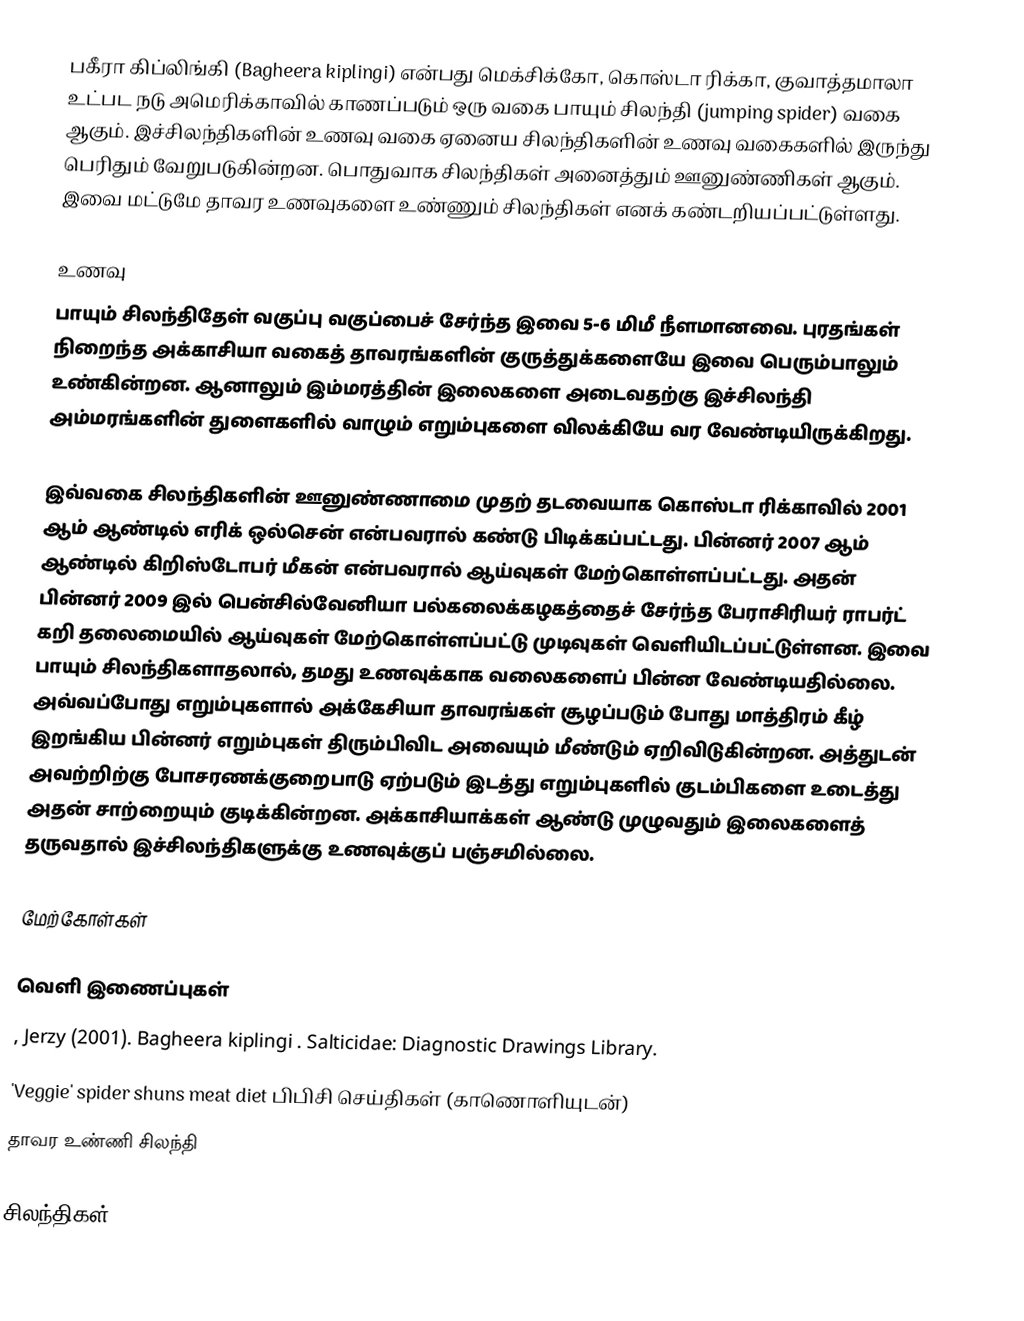
பகீரா கிப்லிங்கி (Bagheera kiplingi) என்பது மெக்சிக்கோ, கொஸ்டா ரிக்கா, குவாத்தமாலா உட்பட நடு அமெரிக்காவில் காணப்படும் ஒரு வகை பாயும் சிலந்தி (jumping spider) வகை ஆகும். இச்சிலந்திகளின் உணவு வகை ஏனைய சிலந்திகளின் உணவு வகைகளில் இருந்து பெரிதும் வேறுபடுகின்றன. பொதுவாக சிலந்திகள் அனைத்தும் ஊனுண்ணிகள் ஆகும். இவை மட்டுமே தாவர உணவுகளை உண்ணும் சிலந்திகள் எனக் கண்டறியப்பட்டுள்ளது.

உணவு
பாயும் சிலந்திதேள் வகுப்பு வகுப்பைச் சேர்ந்த இவை 5-6 மிமீ நீளமானவை. புரதங்கள் நிறைந்த அக்காசியா வகைத் தாவரங்களின் குருத்துக்களையே இவை பெரும்பாலும் உண்கின்றன. ஆனாலும் இம்மரத்தின் இலைகளை அடைவதற்கு இச்சிலந்தி அம்மரங்களின் துளைகளில் வாழும் எறும்புகளை விலக்கியே வர வேண்டியிருக்கிறது.

இவ்வகை சிலந்திகளின் ஊனுண்ணாமை முதற் தடவையாக கொஸ்டா ரிக்காவில் 2001 ஆம் ஆண்டில் எரிக் ஒல்சென் என்பவரால் கண்டு பிடிக்கப்பட்டது. பின்னர் 2007 ஆம் ஆண்டில் கிறிஸ்டோபர் மீகன் என்பவரால் ஆய்வுகள் மேற்கொள்ளப்பட்டது. அதன் பின்னர் 2009 இல் பென்சில்வேனியா பல்கலைக்கழகத்தைச் சேர்ந்த பேராசிரியர் ராபர்ட் கறி தலைமையில் ஆய்வுகள் மேற்கொள்ளப்பட்டு முடிவுகள் வெளியிடப்பட்டுள்ளன. இவை பாயும் சிலந்திகளாதலால், தமது உணவுக்காக வலைகளைப் பின்ன வேண்டியதில்லை. அவ்வப்போது எறும்புகளால் அக்கேசியா தாவரங்கள் சூழப்படும் போது மாத்திரம் கீழ் இறங்கிய பின்னர் எறும்புகள் திரும்பிவிட அவையும் மீண்டும் ஏறிவிடுகின்றன. அத்துடன் அவற்றிற்கு போசரணக்குறைபாடு ஏற்படும் இடத்து எறும்புகளில் குடம்பிகளை உடைத்து அதன் சாற்றையும் குடிக்கின்றன. அக்காசியாக்கள் ஆண்டு முழுவதும் இலைகளைத் தருவதால் இச்சிலந்திகளுக்கு உணவுக்குப் பஞ்சமில்லை.

மேற்கோள்கள்

வெளி இணைப்புகள்
 , Jerzy (2001). Bagheera kiplingi . Salticidae: Diagnostic Drawings Library.
 'Veggie' spider shuns meat diet பிபிசி செய்திகள் (காணொளியுடன்)
 தாவர உண்ணி சிலந்தி

சிலந்திகள்